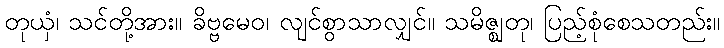
တုယှံ၊ သင်တို့အား။ ခိဗ္ဗမေဝ၊ လျင်စွာသာလျှင်။ သမိဇ္ဈတု၊ ပြည့်စုံစေသတည်း။